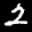
Label: 2